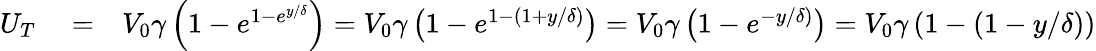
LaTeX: \begin{array}{rlr}{U_{T}}&{{}=}&{V_{0}\gamma\left(1-e^{1-e^{y/\delta}}\right)=V_{0}\gamma\left(1-e^{1-(1+y/\delta)}\right)=V_{0}\gamma\left(1-e^{-y/\delta)}\right)=V_{0}\gamma\left(1-(1-y/\delta)\right)}\end{array}